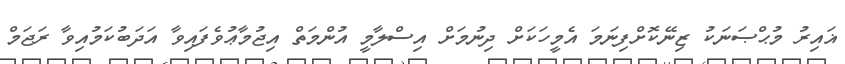
ޣައިރު މުޙްޞަނަކު ޒިނޭކޮށްފިނަމަ އެމީހަކަށް ދިނުމަށް އިސްލާމީ އުންމަތް އިޖުމާޢުވެފައިވާ އަދަބުކަމުއިވާ ރަޖަމް